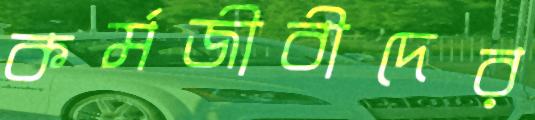
কর্মজীবীদের